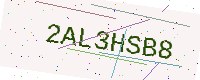
Text: 2AL3HSB8